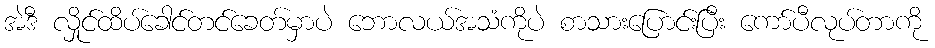
အဲဒီ လှိုင်ထိပ်ခေါင်တင်ခေတ်မှာပဲ ဘောလယ်အသံကိုပဲ စာသားပြောင်းပြီး ကော်ပီလုပ်တာကို